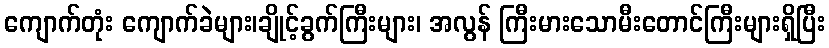
ကျောက်တုံး ကျောက်ခဲများ၊ချိုင့်ခွက်ကြီးများ၊ အလွန် ကြီးမားသောမီးတောင်ကြီးများရှိပြီး